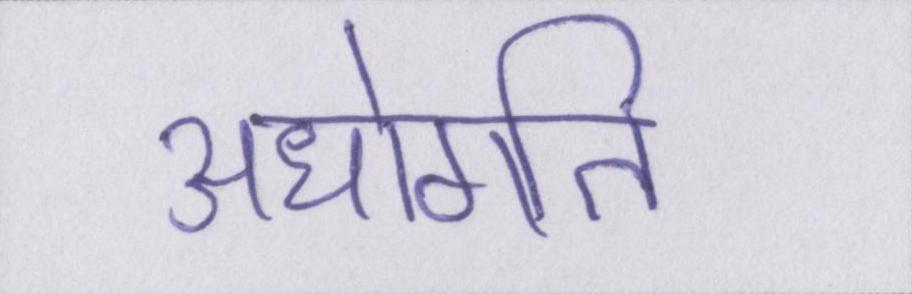
अधोगति